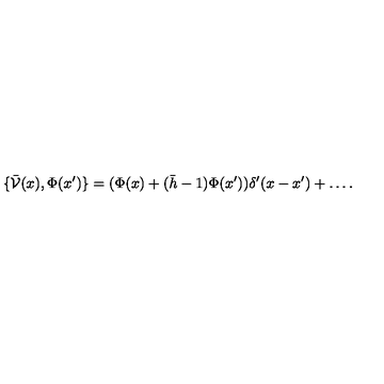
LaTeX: \{ \bar { \mathcal V } ( x ) , \Phi ( x ^ { \prime } ) \} = ( \Phi ( x ) + ( \bar { h } - 1 ) \Phi ( x ^ { \prime } ) ) \delta ^ { \prime } ( x - x ^ { \prime } ) + \ldots .